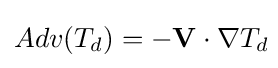
Adv(T_{d})=-\mathbf {V} \cdot \nabla T_{d}\!